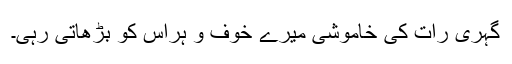
گہری رات کی خاموشی میرے خوف و ہراس کو بڑھاتی رہی۔